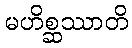
မဟိစ္ဆဿာတိ